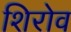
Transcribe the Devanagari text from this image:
शिरोव